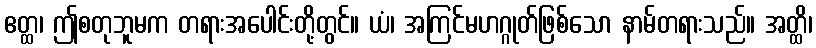
ဧတ္ထ၊ ဤစတုဘူမက တရားအပေါင်းတို့တွင်။ ယံ၊ အကြင်မဟဂ္ဂုတ်ဖြစ်သော နာမ်တရားသည်။ အတ္ထိ၊